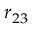
r _ { 2 3 }